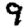
Digit: 9